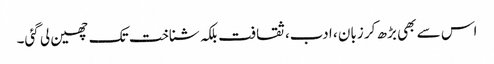
اس سے بھی بڑھ کر زبان ، ادب، ثقافت بلکہ شناخت تک چھین لی گئی۔